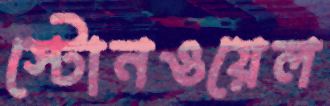
স্টোনওয়েল